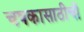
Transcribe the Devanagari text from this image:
चषकासाठीची